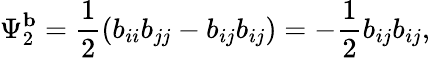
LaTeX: \Psi_{2}^{\mathbf{b}}=\frac{1}{2}\left(b_{ii}b_{jj}-b_{ij}b_{ij}\right)=-\frac{1}{2}b_{ij}b_{ij},